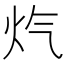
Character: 𪸕